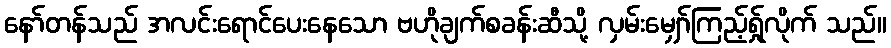
နော်တန်သည် အလင်းရောင်ပေးနေသော ဗဟိုချက်စခန်းဆီသို့ လှမ်းမျှော်ကြည့်ရ်ှုလိုက် သည်။